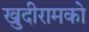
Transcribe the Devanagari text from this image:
खुदीरामको